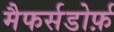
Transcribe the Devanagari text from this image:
मैफर्सडोर्फ़